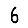
Digit: 6